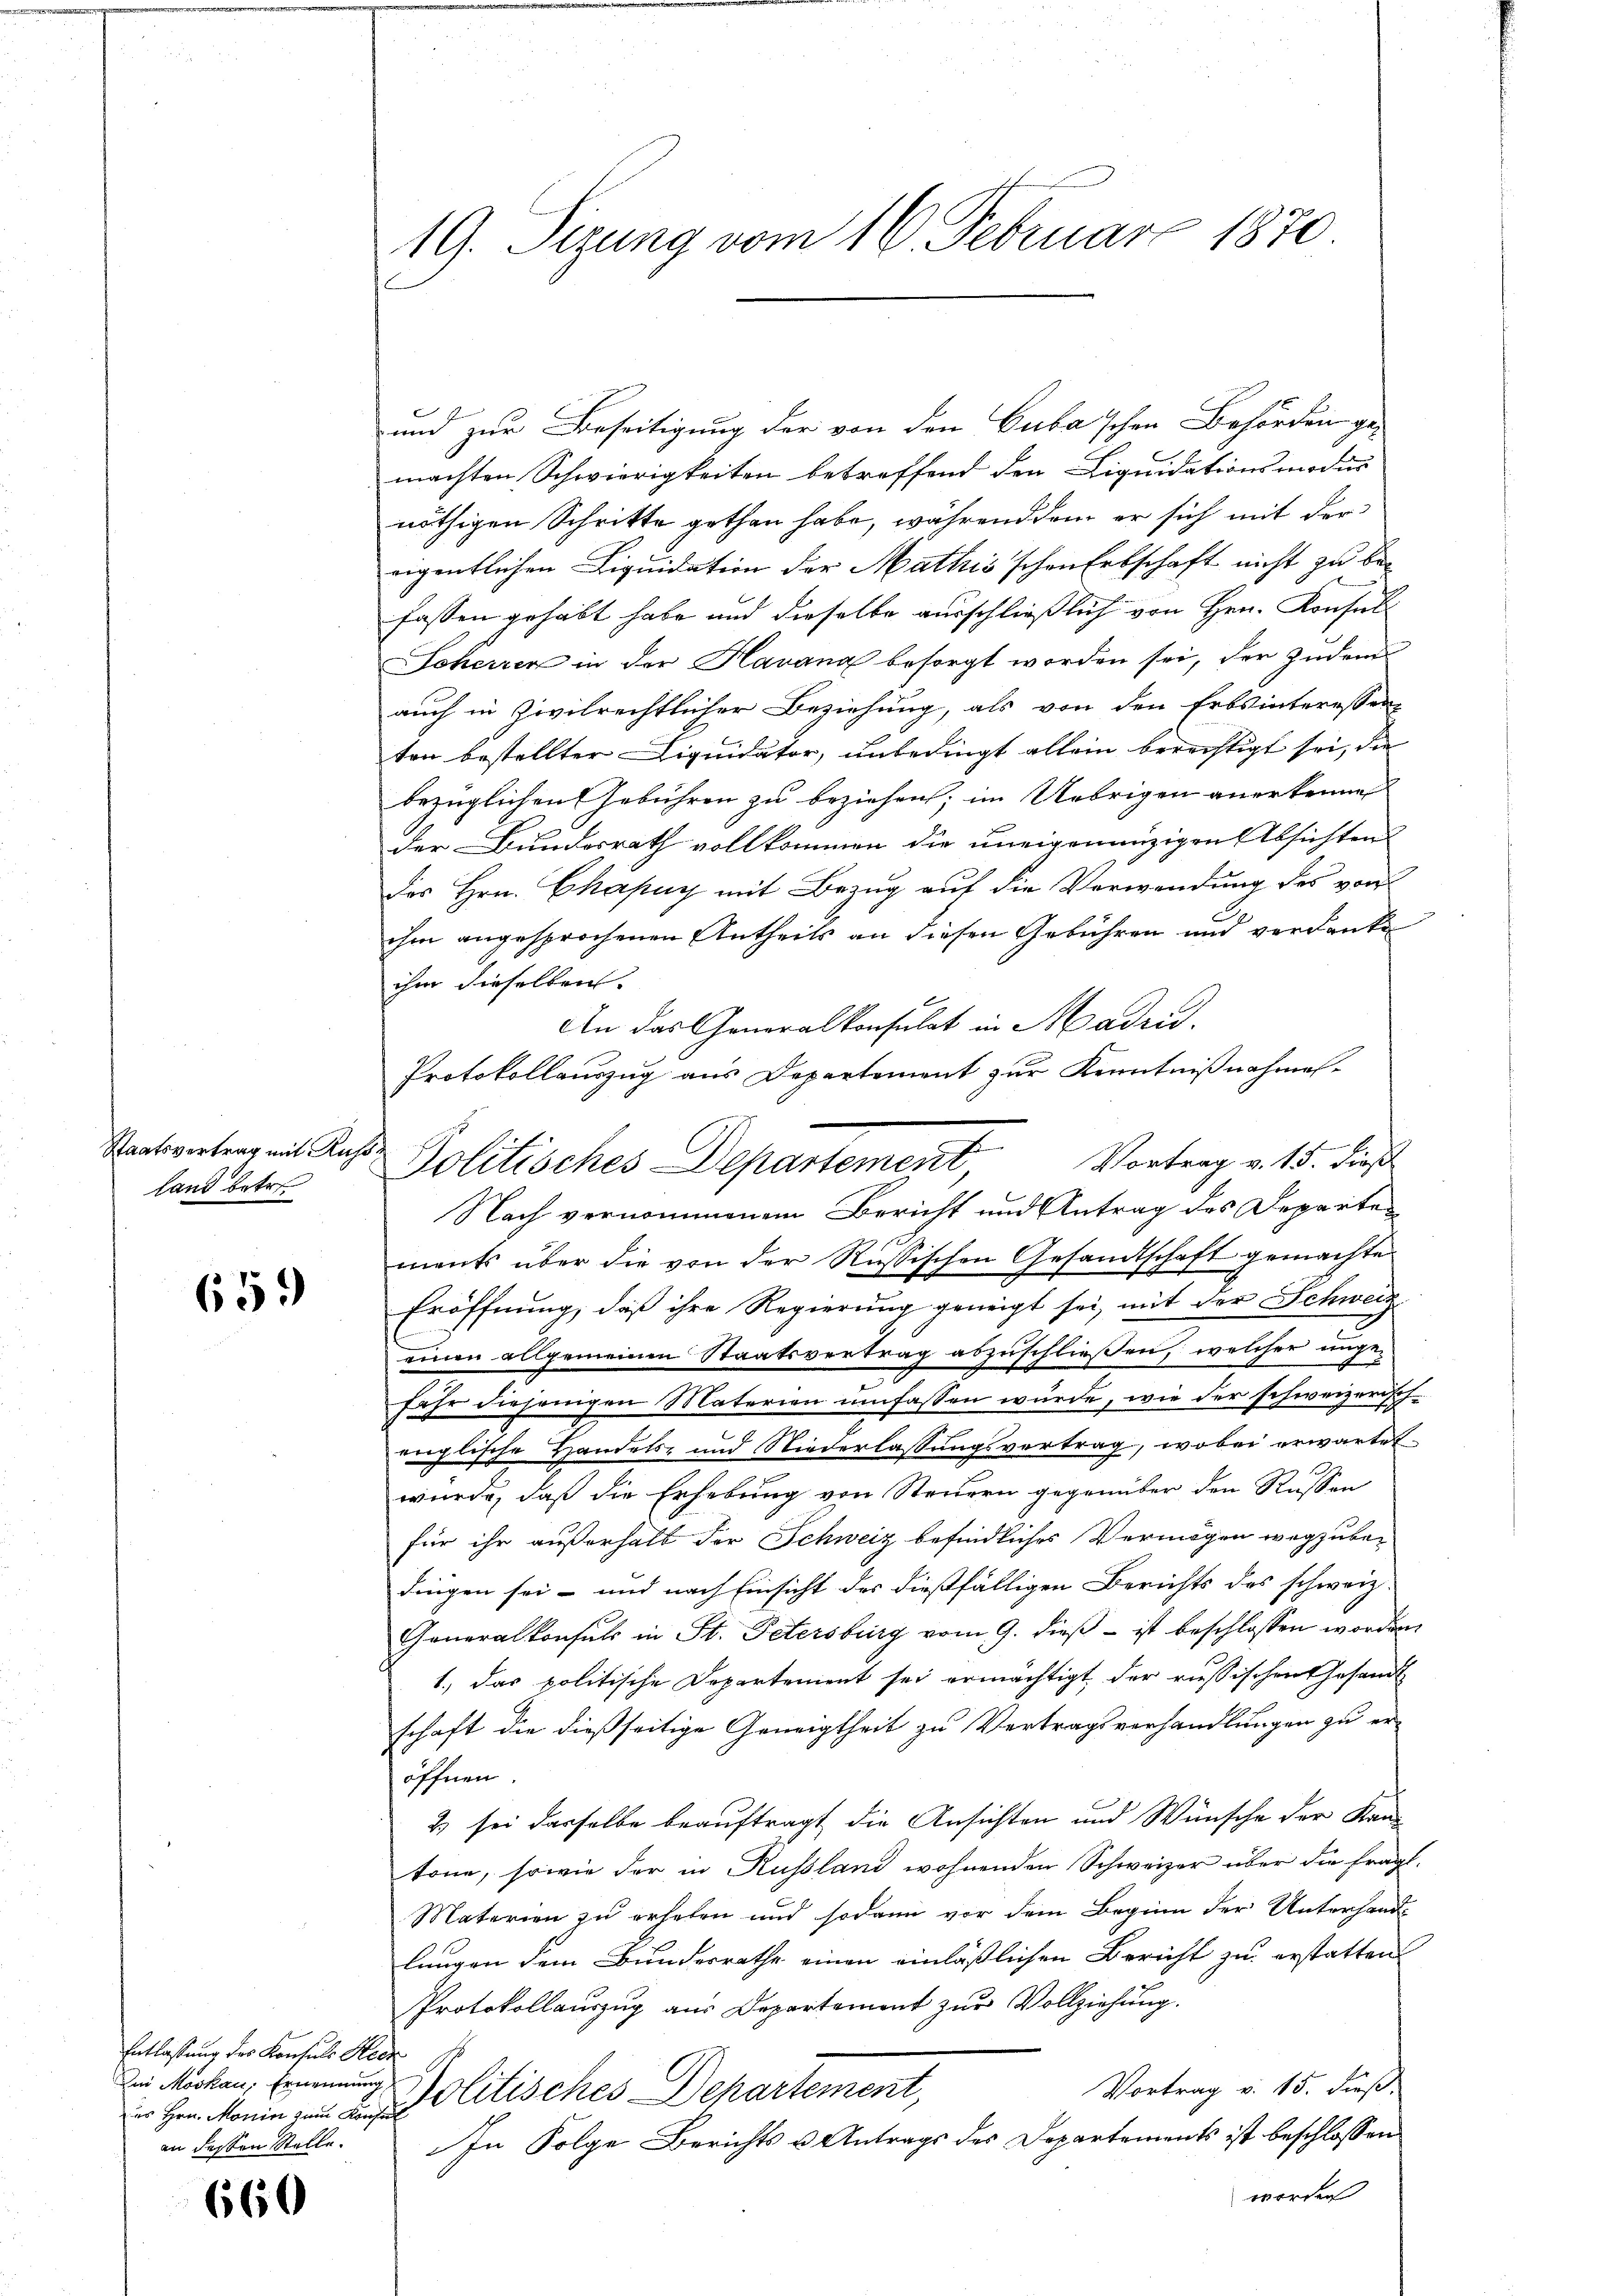
Staatsvertrag mit Ruland betr

659

Entlastung der Konsuls Herz
des Hrn. Monin zum Konse
an dessen Stelle.

660

19. Sizung vom 16. Februar 1870

und zur Beseitigung der von den Cuba'schen Behörden gemachten Schwierigkeiten betreffend den Liquidationsmodus
nöthigen Schritte gethan habe, während dem er sich mit der
eigentlichen Liquidation der Mathis'schen Erbschaft nicht zu befassen gehabt habe und dieselbe ausschließlich von Hrn. Konsul
Soherren in der Havana besorgt worden sei, der Zudem
auch in Civilrechtlicher Beziehung, als von den Erbsinteressen
ten bestellter Liquidator, unbedingt allein berechtigt sei, die
bezüglichen Gebühren zu beziehen; im Uebrigen anerkennen
der Bundesrath vollkommen die uneigenanzigen Absichten
des Hrn. Chapuy mit Bezug auf die Verwendung des von
ihm angesprochenen Antheils an diesen Gebühren und verdanke
ihm dieselben. |
An das Generalkonsulat in Madri
Protokollauszug aus Departement zur Kenntnißnahmes¬
Vortrag v. 15. dieß
Nach vernommenem Bericht und Antrag des Departen
ments über die von der Russischen Gesandtschaft gemachte
Eröffnung, daß ihre Regierung geneigt sei, mit der Schweiz
einen allgemeinen Staatsvertrag abzuschließen, welcher unge-
fähr diejenigen Materien umfassen würde, wie der schweizerisch-
englische Handels- und Niederlassungsvertrag, wobei erwartet
wurde, daß die Erhebung von Steuern gegenüber den Russen
für ihr außerhalb der Schweiz befindliches Vermögen wegzube-
dingen sei - und nach Einsicht des dießfälligen Berichts des schweiz.
Generalkonsuls in St. Petersburg vom 9. dieß – ist beschlossen worden
1.) das politische Departement sei ermächtigt der russischen Gesandt
schaft die dießseitige Geneigtheit zu Vertragsverhandlungen zu er-
öffnen
2) sei dasselbe beauftragt die Ansichten und Wünsche der Kan-
tone, sowie der in Russland wohnenden Schweizer über die frage
Materien zu erheben und sodann vor dem Beginn der Unterhandlangen dem Bundesrathe einen einläßlichen Bericht zu erstatten
Protokollauszug aus Departement zur Vollziehung.
Vortrag v. 15. Fuß.
in Moskau, Ernennung Politisches Departement,
In Folge Berichts u. Antrags des Departements ist beschlossen
worden

.
Politisches Departement